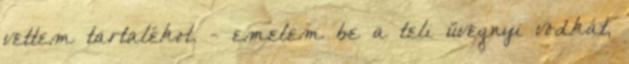
vettem tartalékot. - emelem be a teli üvegnyi vodkát,